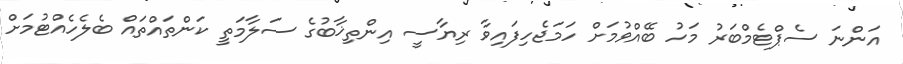
އަންނަ ސެޕްޓެމްބަރު މަހު ބޭއްވުމަށް ހަމަޖެހިފައިވާ ރިޔާސީ އިންތިޚާބުގެ ސަލާމަތީ ކަންތައްތައް ބެލެހެއްޓުމަށް